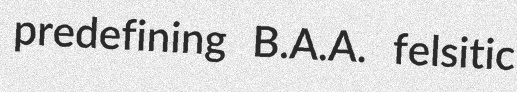
predefining B.A.A. felsitic